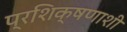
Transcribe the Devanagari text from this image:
प्रशिक्षणाशी